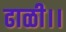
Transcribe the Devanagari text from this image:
ढाळी।।